38_143685_box7_Incident_Summaries_1-100
Agency: Department of War
Page 209
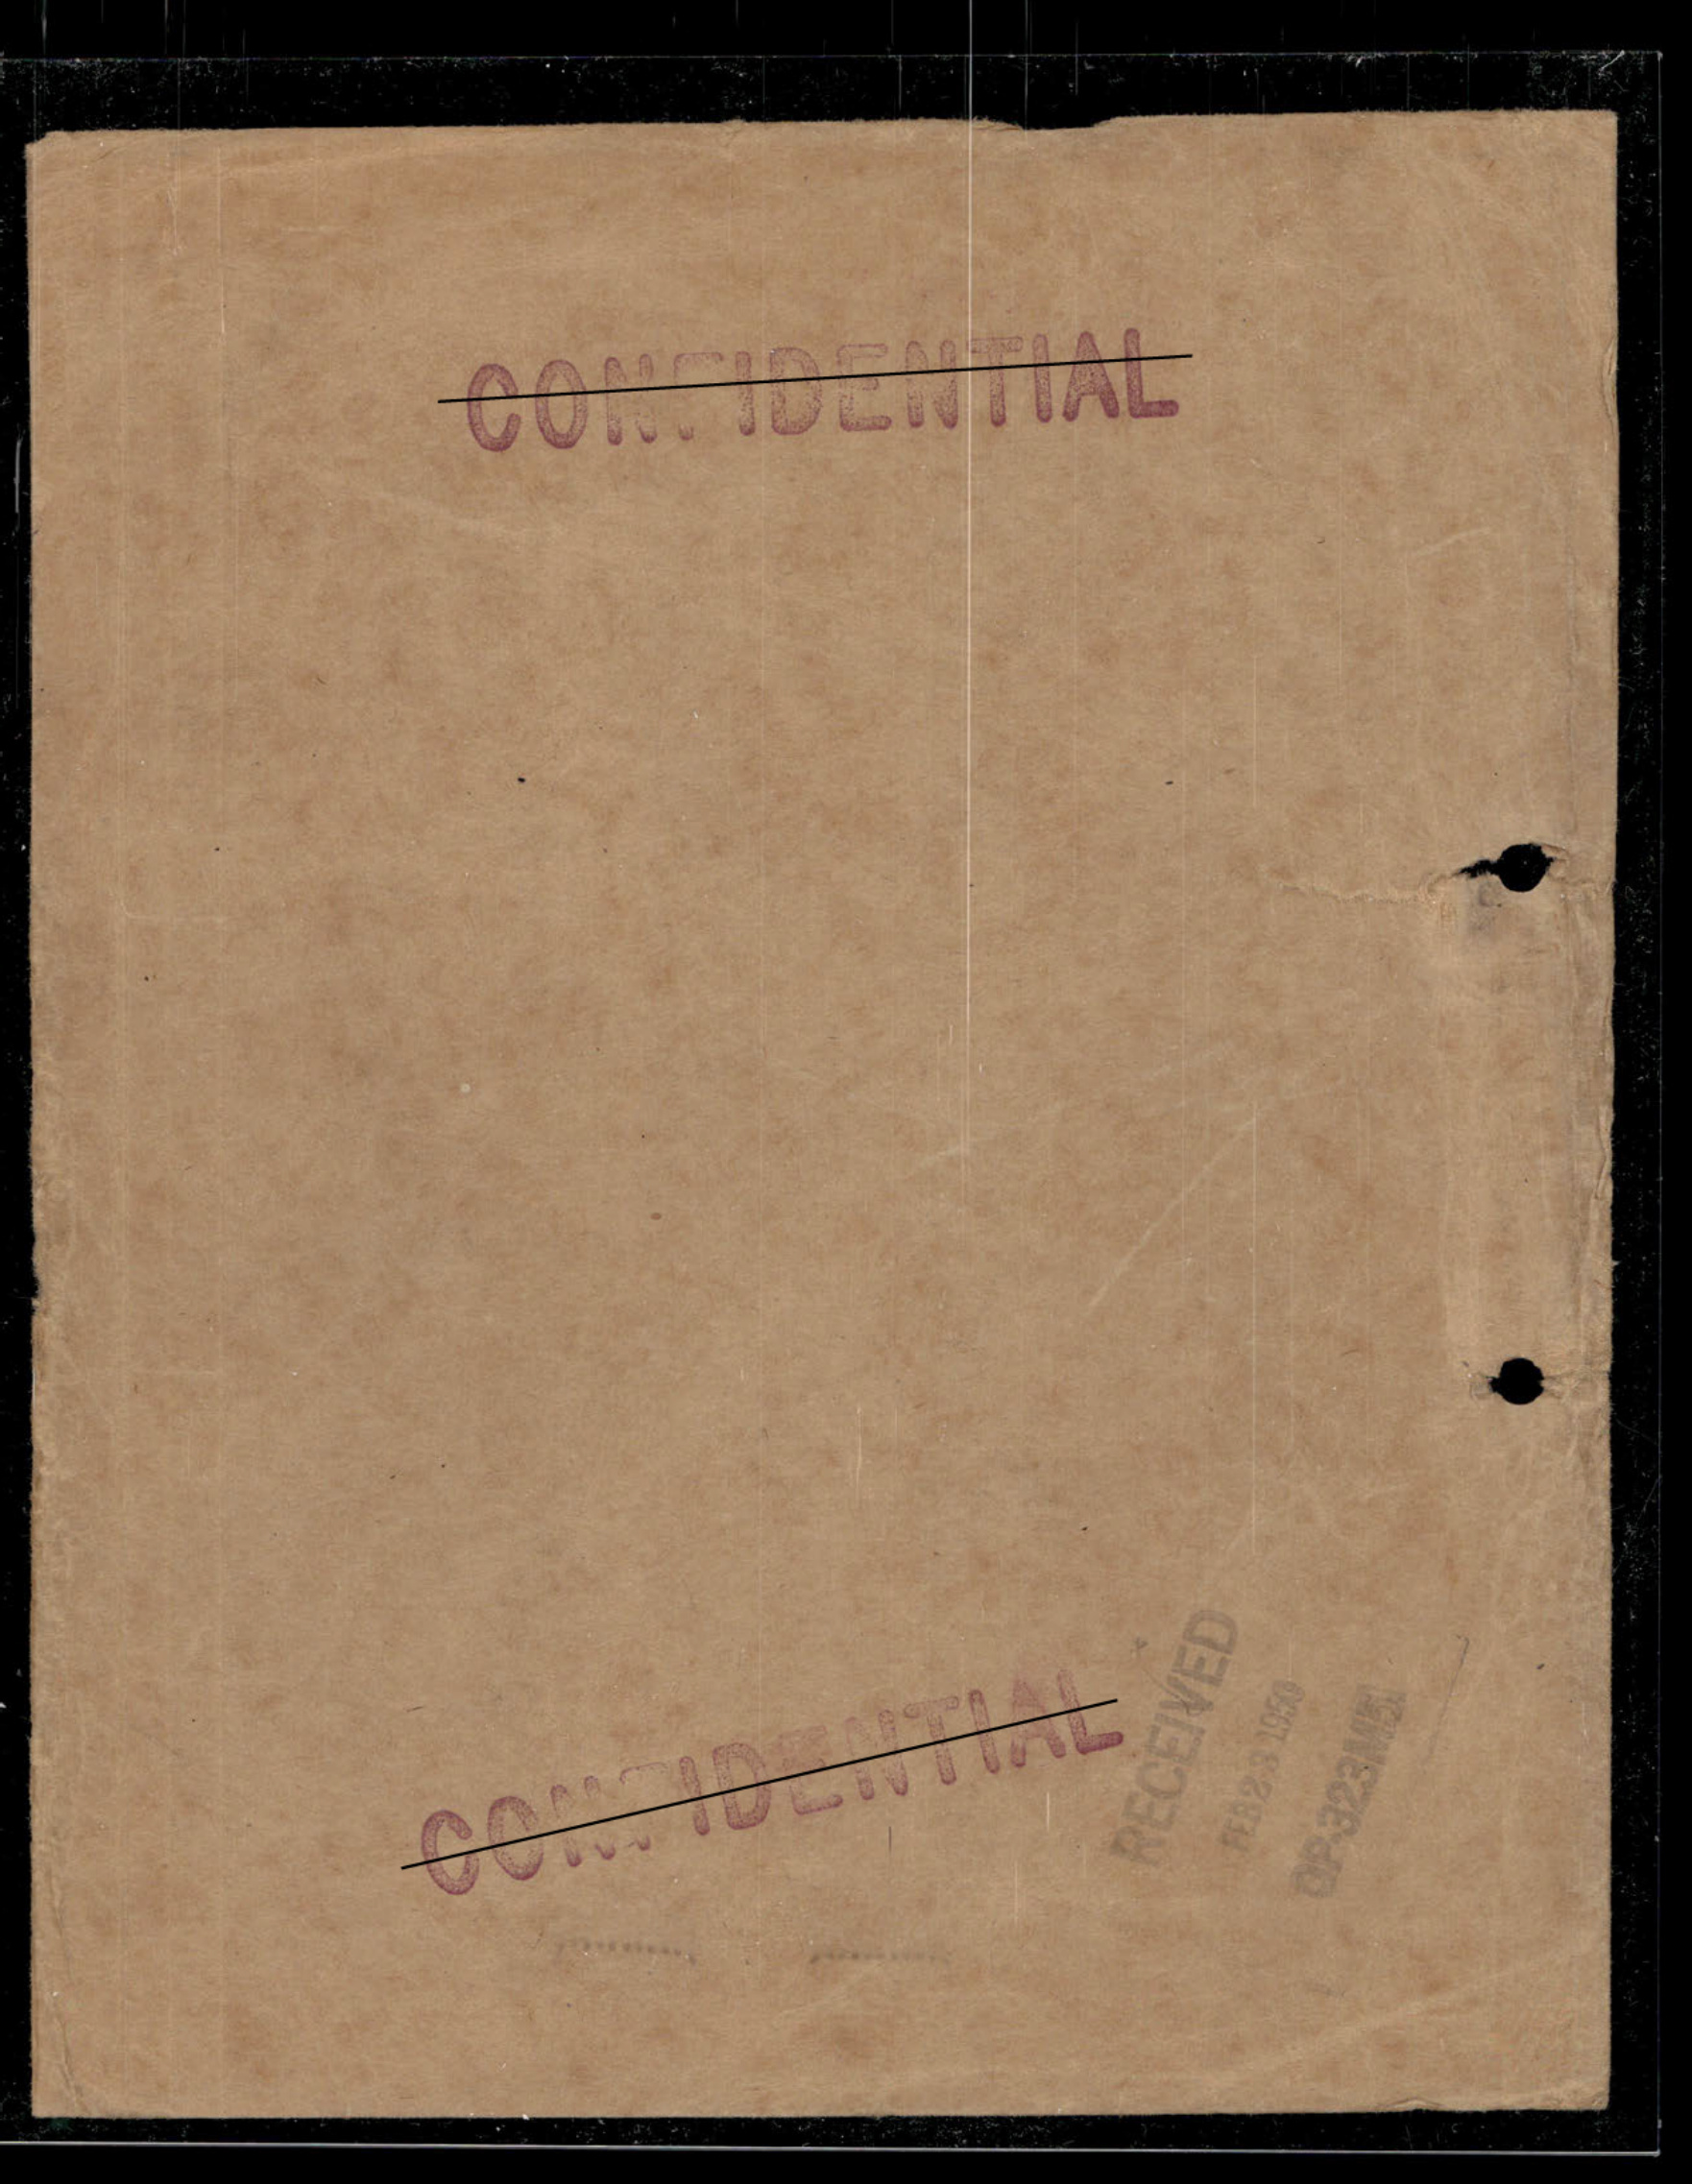